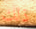
ذلك